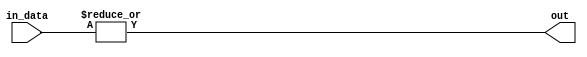
module OR_gate_64(
    input [63:0] in_data,
    output out
);

assign out = |in_data;

endmodule